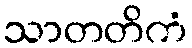
သာတတိကံ